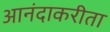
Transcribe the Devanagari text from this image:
आनंदाकरीता